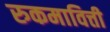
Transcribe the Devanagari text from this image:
रुकमावित्ती